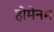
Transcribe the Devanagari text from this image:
होमेनम